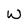
Character: W